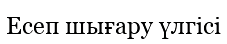
Есеп шығару үлгісі